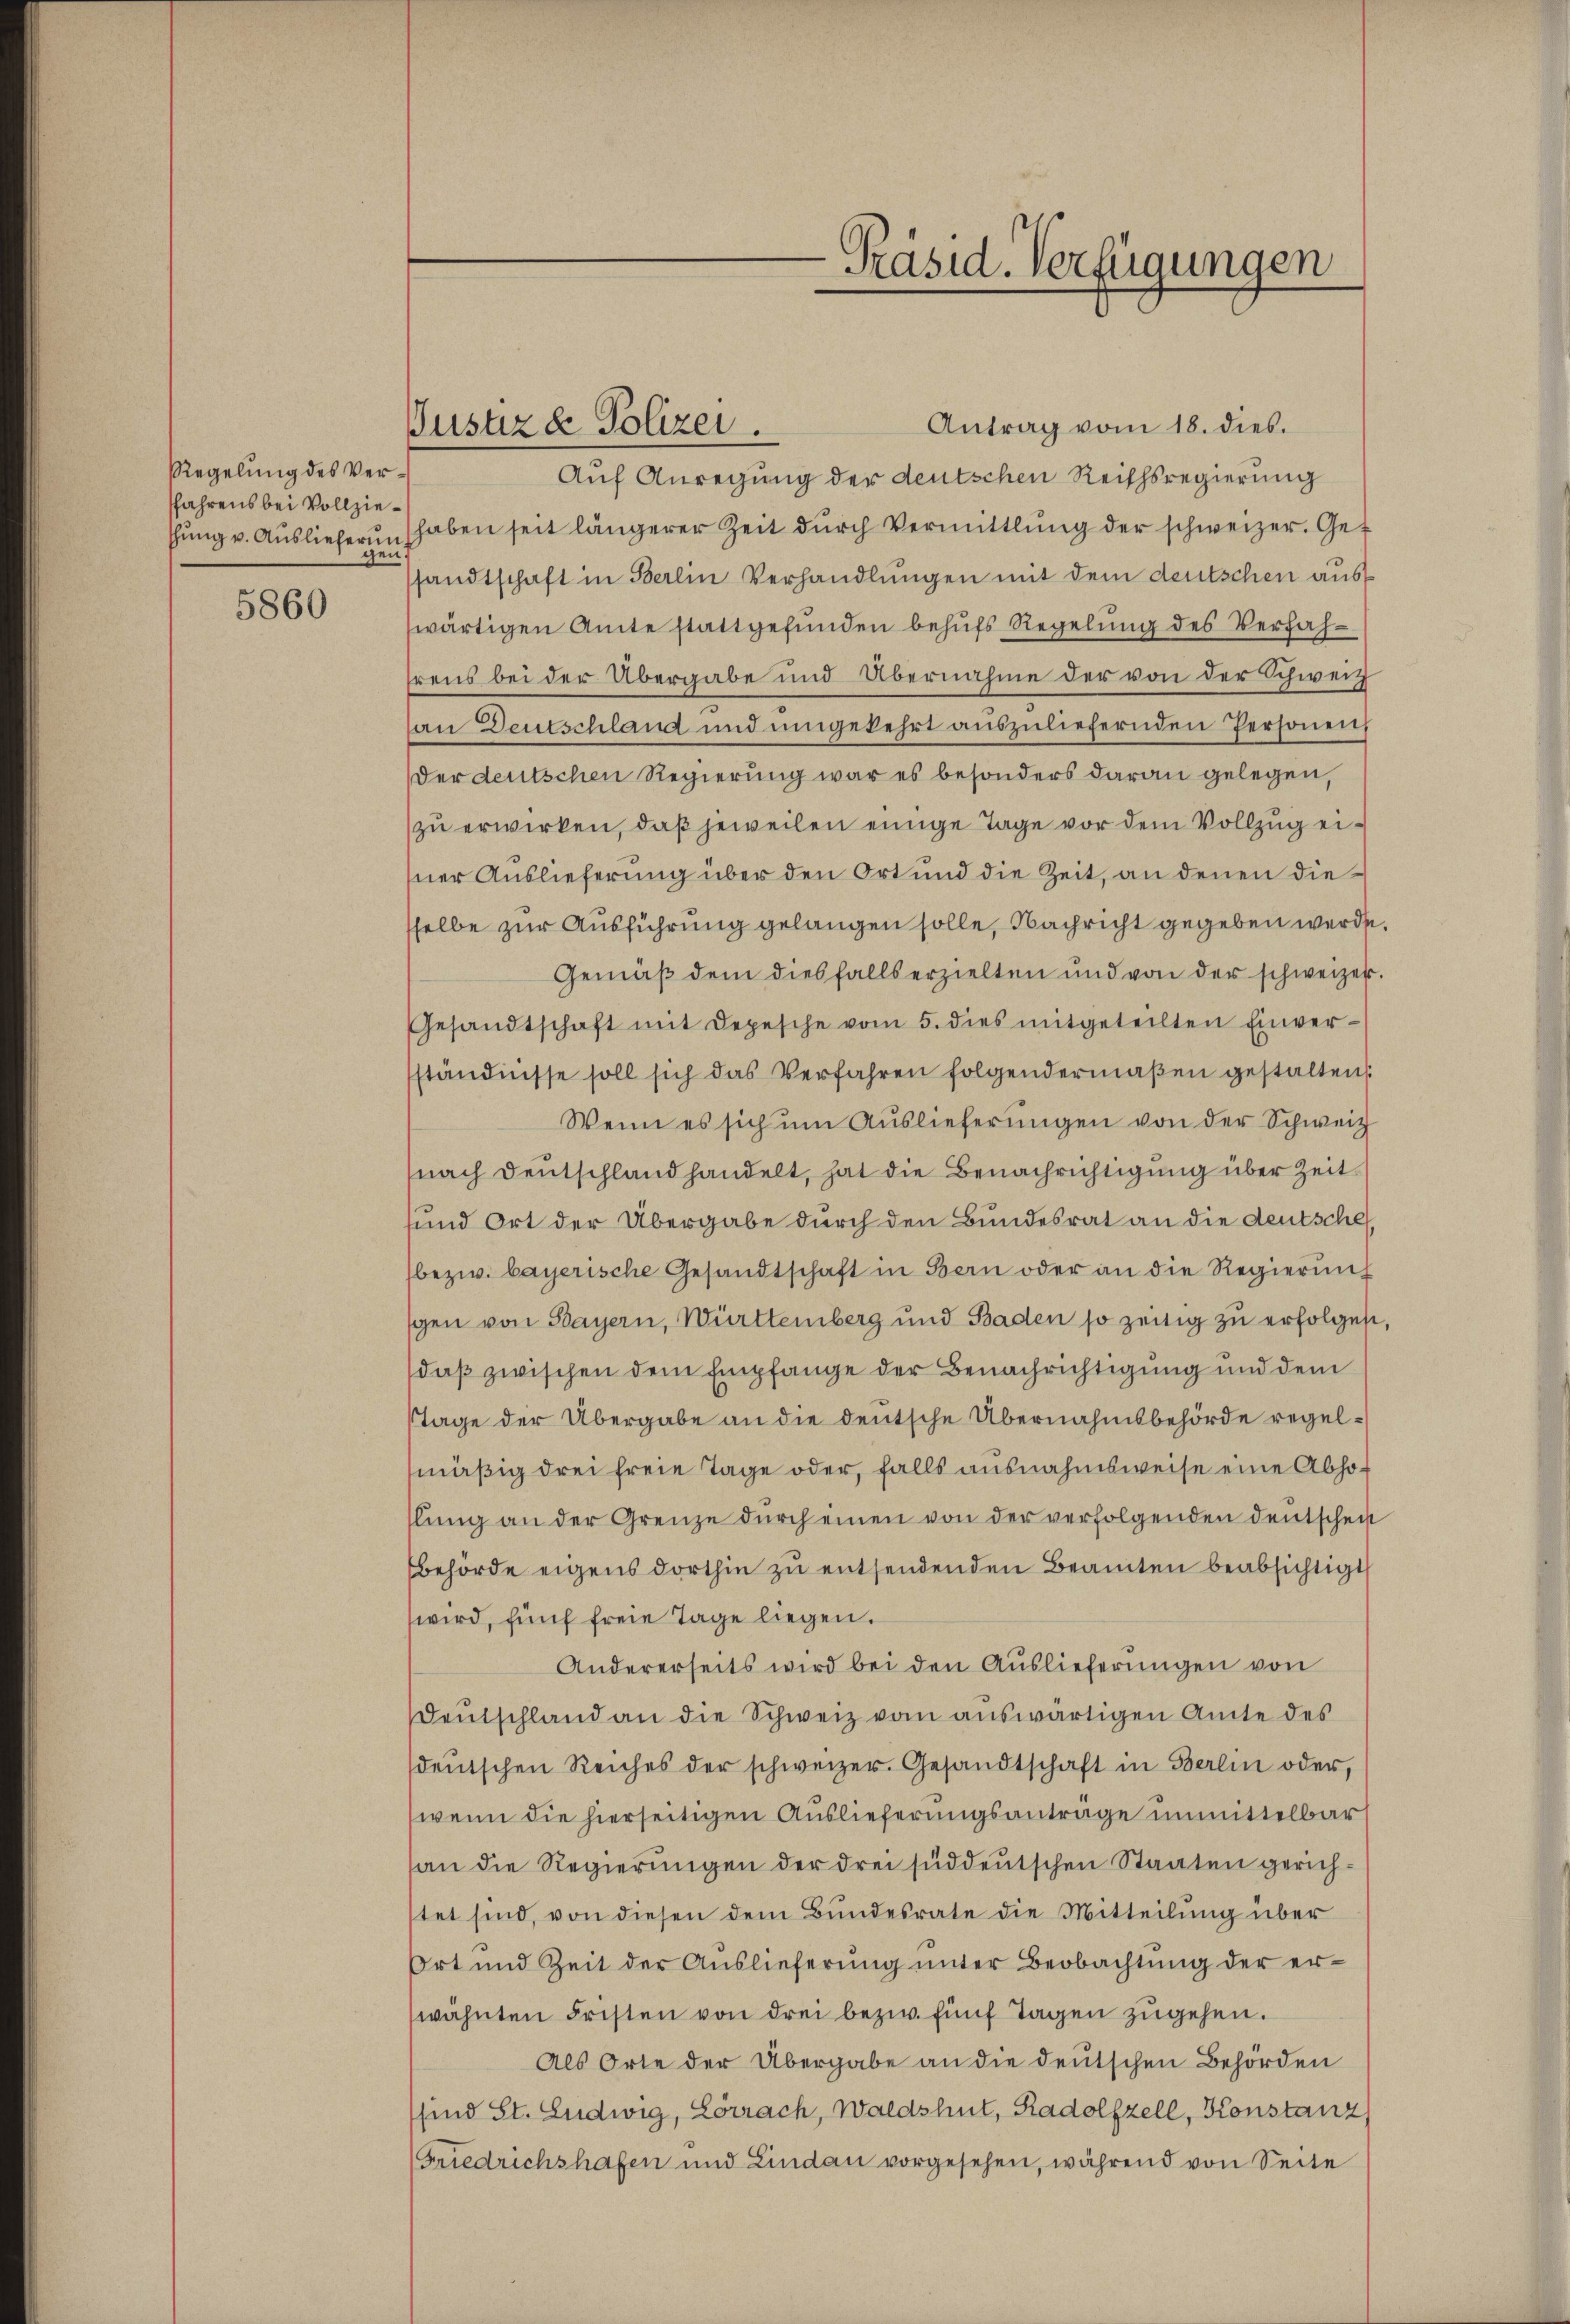
Regelung des Versfahrens bei Vollziethung v. Auslieferun
gen.

5860

Justiz & Polizei.

Präsid. Verfügungen

Antrag vom 18. dies.
Auf Anregung der deutschen Reichsregierung
haben seit längerer Zeit dŭrch Vermittlung der schweizer. Gesandtschaft in Berlin Verhandlungen mit dem deutschen auswärtigen Amte stattgefŭnden behŭfs Regelŭng des Verfahhrens bei der Übergabe und Übernahme der von der Schweiz
an Deutschland und umgekehrt aŭszŭliefernden Personen,
der deutschen Regierung war es besonders daran gelegen,
zu erwirken, daß jeweilen einige Tage vor dem Vollzug einer Auslieferung über den Ort und die Zeit, an denen diesselbe zur Ausführung gelangen solle, Nachricht gegeben werde.
Gemäβ dem diesfalls erzielten und von der schweizer.
Gesandtschaft mit Depesche vom 5. dies mitgeteilten Einver-
ständnisse soll sich das Verfahren folgendermaßen gestalten.
Wenn es sich ŭm Aŭslieferŭngen von der Schweiz
nach Deutschland handelt, hat die Benachrichtigung über Zeit
sund Ort der Übergabe durch den Bundesrat an die deutsche
bezw. bayerische Gesandtschaft in Bern oder an die Regierŭng
sgen von Bayern, Württemberg und Baden so zeitig zu erfolgen,
daß zwischen dem Empfange der Benachrichtigung und dem
Tage der Übergabe an die deutsche Übernahmsbehörde regelmäßig drei freie Tage oder, falls ausnahmsweise eine Abhoslung an der Grenze durch einen von der verfolgenden Deutschei
behörde eigens dorthin zu entsendenden Beamten beabsichtigt
wird, fünf freie Tage liegen.
Andererseits wird bei den Auslieferungen von
Deutschland an die Schweiz vom auswärtigen Amte des
deŭtschen Reiches der schweizer. Gesandtschaft in Berlin oder,
wenn die hierseitigen Auslieferungsanträge unmittelbar
an die Regierŭngen der drei süddeutschen Staaten gerichstet sind, von diesen dem Bundesrate die Mitteilung über
Ort und Zeit der Auslieferung unter Beobachtung der erwähnten Fristen von drei bezw. fünf Tagen zugehen.
Als Orte der Übergabe an die deutschen Behörden
sind St. Ludwig, Lörrach, Waldshut, Radolfzell, Konstanz
Friedrichshafen und Lindau vorgesehen, während von Seite